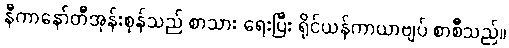
နီကာနော်တီအုန်းစုန်သည် စာသား ရေးပြီး ရိုင်ယန်ကာယာဗျပ် စာစီသည်။